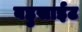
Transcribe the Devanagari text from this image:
बहुसाईट